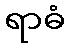
ရာဓံ